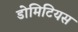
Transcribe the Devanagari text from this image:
डोमिटियस